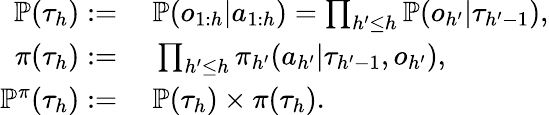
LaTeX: \begin{array}{rl}{\mathbb{P}(\tau_{h})\mathrel{\mathop:}=}&{~\mathbb{P}(o_{1:h}|a_{1:h})=\prod_{h^{\prime}\le h}\mathbb{P}(o_{h^{\prime}}|\tau_{h^{\prime}-1}),}\\ {\pi(\tau_{h})\mathrel{\mathop:}=}&{~\prod_{h^{\prime}\le h}\pi_{h^{\prime}}(a_{h^{\prime}}|\tau_{h^{\prime}-1},o_{h^{\prime}}),}\\ {\mathbb{P}^{\pi}(\tau_{h})\mathrel{\mathop:}=}&{~\mathbb{P}(\tau_{h})\times\pi(\tau_{h}).}\end{array}